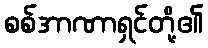
စစ်အာဏာရှင်တို့၏